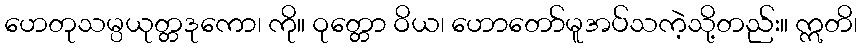
ဟေတုသမ္ပယုတ္တဒုကော၊ ကို။ ဝုတ္တော ဝိယ၊ ဟောတော်မူအပ်သကဲ့သို့တည်း။ ဣတိ၊